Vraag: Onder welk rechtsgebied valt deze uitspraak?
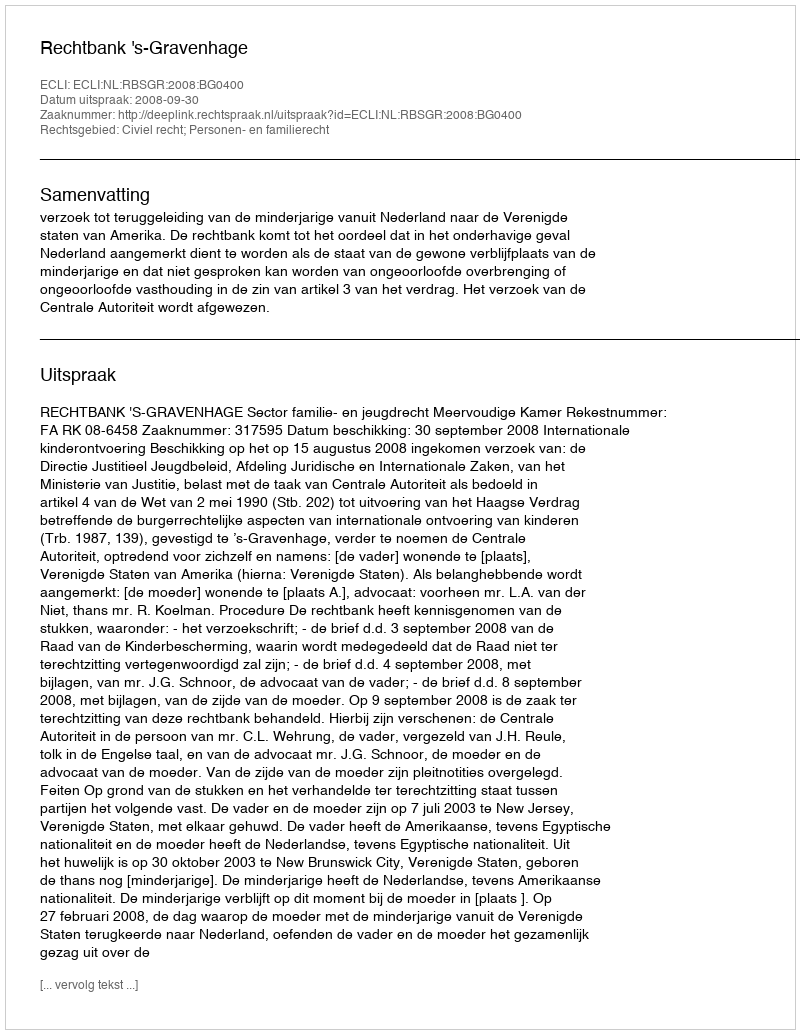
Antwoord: Civiel recht; Personen- en familierecht